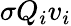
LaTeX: \sigma Q_{i}v_{i}